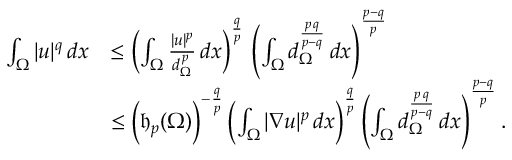
\begin{array} { r l } { \int _ { \Omega } | u | ^ { q } \, d x } & { \le \left( \int _ { \Omega } \frac { | u | ^ { p } } { d _ { \Omega } ^ { \, p } } \, d x \right) ^ { \frac { q } { p } } \, \left( \int _ { \Omega } d _ { \Omega } ^ { \frac { p \, q } { p - q } } \, d x \right) ^ { \frac { p - q } { p } } } \\ & { \le \Big ( \mathfrak { h } _ { p } ( \Omega ) \Big ) ^ { - \frac { q } { p } } \left( \int _ { \Omega } | \nabla u | ^ { p } \, d x \right) ^ { \frac { q } { p } } \left( \int _ { \Omega } d _ { \Omega } ^ { \frac { p \, q } { p - q } } \, d x \right) ^ { \frac { p - q } { p } } . } \end{array}